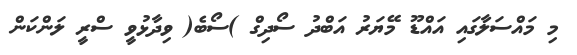
މި މައްސަލާގައި އައްޑޫ މޭޔަރު އަބްދު ސޯދިގް )ސޯބެ( ވިދާޅުވީ ސްރީ ލަންކަން